Annual report of the Punjab Veterinary College and of the Civil Veterinary Department, Punjab - 1920-1925
Year: 1920
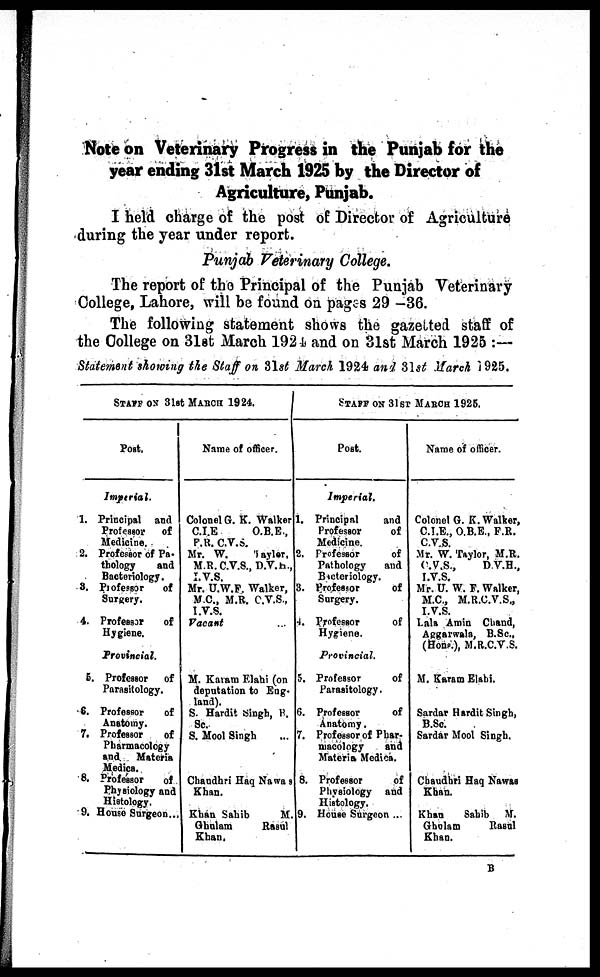
Note on Veterinary Progress in the Punjab for the
year ending 31st March 1925 by the Director of
Agriculture, Punjab.
I held charge of the post of Director of Agriculture
during the year under report.
Punjab Veterinary College.
The report of the Principal of the Punjab Veterinary
College, Lahore, will be found on pages 29-36.
The following statement shows the gazetted staff of
the College on 31st March 1924, and on 31st March 1925:—
Statement showing the Staff on 31st March 1924 and 31st March 1925.
STAFF ON 31st MARCH 1924.
Post.
Imperial.
1. Principal and
Professor
of
Medicine.
2. Professor of Pa-
thology
and
Bacteriology.
3. Professor
of
Surgery.
4. Professor
of
Hygiene.
Provincial.
5. Professor
of
Parasitology.
6. Professor
of
Anatomy.
7. Professor
of
Pharmacology
and. Materia
Medica.
8. Professor
of
Physiology and
Histology.
9. House Surgeon ...
Name of officer.
Colonel G. K. Walker
C.I.E
O.B.E.,
P.R. C.V.S.
Mr. W.
layler.
M.R.C.V.S., D.V.S.,
I.V.S.
Mr. U.W.F. Walker,
M C, M.R. C.V.S.,
I.V.S.
Vacant
M. Karam Flahi (on
deputation to Eng-
land).
S. Hardit Singh, R.
8c.
S. Mool Singh
Chaudhri Haq Nawas
Khan.
Khan Sahib
M.
Ghulam
Rasul
Khan.
STAFF ON 31ST MARCH 1925.
Pott.
Imperial.
1. Principal
and
Professor
of
Medicine.
2. Professor
of
Pathology
and
Bacteriology.
3. professor
of
Surgery.
4. Professor
of
Hygiene.
Provincial.
5. Professor
of
Parasitology.
6. Professor
of
Anatomy.
7. Professor of Phar-
macology
and
Materia Medica.
8. Professor
of
Physiology and
Histology.
9. House Surgeon ...
Name of officer.
Colonel G. K.Walker,
C.I.E., O.B.E., F.R.
C.V.S.
Mr. W. Taylor, M.R.
C.V.S.,
D V.E.,
I.V.S.
Mr. U. W. F. Walker,
M.C., M.R.C.V.S.,
I.V.S.
Lala Amin Chand,
Aggarwala, B.Sc.,
(Hone), M.R.C.V.S.
M. Karam Elahi.
Sardar Hardit Singh,
B.Sc.
Sardar Mool Singh.
Chaudhri Haq Nawas
Khan.
Khan
Sahib M.
Gholam
Rasul
Khan.
B